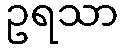
ဥရသာ